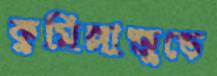
কুমিল্লাজুড়ে